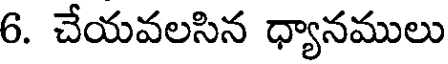
6. చేయవలసిన ధ్యానములు